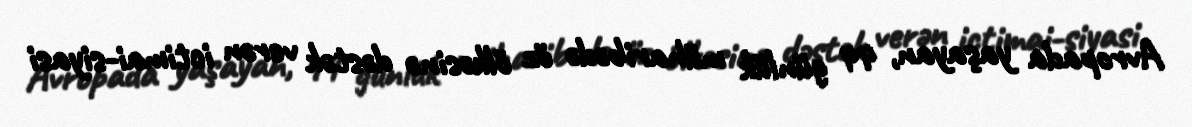
Avropada yaşayan, 44 günlük müharibədə öz ölkəsinə dəstək verən ictimai-siyasi